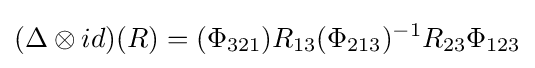
(\Delta \otimes id)(R)=(\Phi _{321})R_{13}(\Phi _{213})^{-1}R_{23}\Phi _{123}